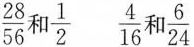
\frac{28}{56}和\frac{1}{2} \frac{4}{16} 和\frac{6}{24}